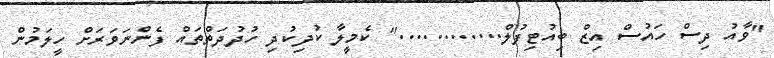
"ވާއު ދިސް ހައުސް އިޒް ބިއުޓިފުލް............" ކެމީލާ ކުދިކުދި ހުދުދަތްތައް ފެންނަވަރަށް ހީލަމުން